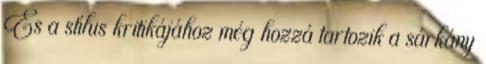
És a stílus kritikájához még hozzá tartozik a sárkány